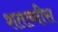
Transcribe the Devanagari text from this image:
शताब्दीस